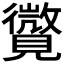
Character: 𧢓